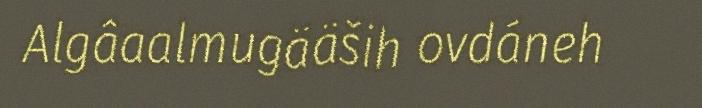
Algâaalmugääših ovdáneh